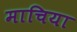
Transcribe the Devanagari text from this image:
माचिया